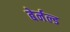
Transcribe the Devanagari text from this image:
बेर्नल्ड